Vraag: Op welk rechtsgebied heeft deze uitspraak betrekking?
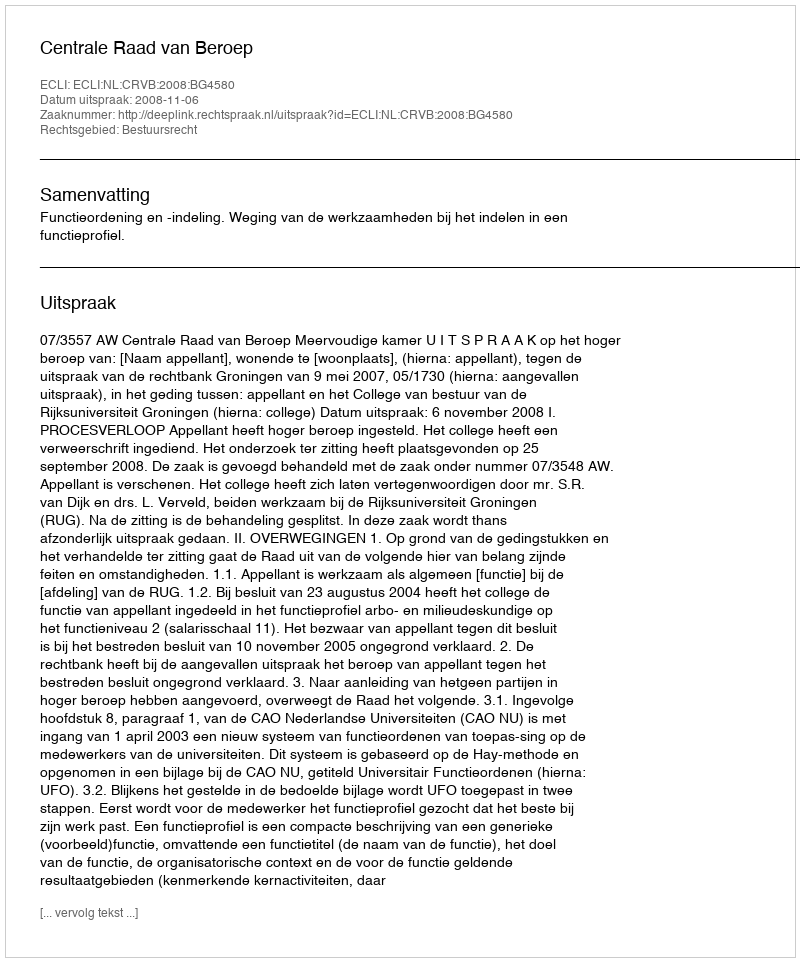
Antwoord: Bestuursrecht